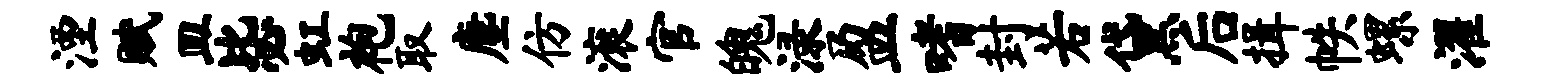
湮赋皿毖虹袍取麈仿滚官魄渌盈嗜封若黛后揖帙螺濯